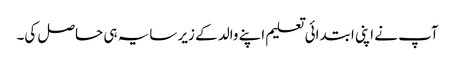
آپ نے اپنی ابتدائی تعلیم اپنے والد کے زیر سایہ ہی حاصل کی۔